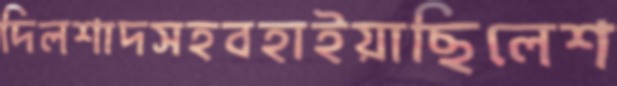
দিলশাদসহবহাইয়াছিলেশ